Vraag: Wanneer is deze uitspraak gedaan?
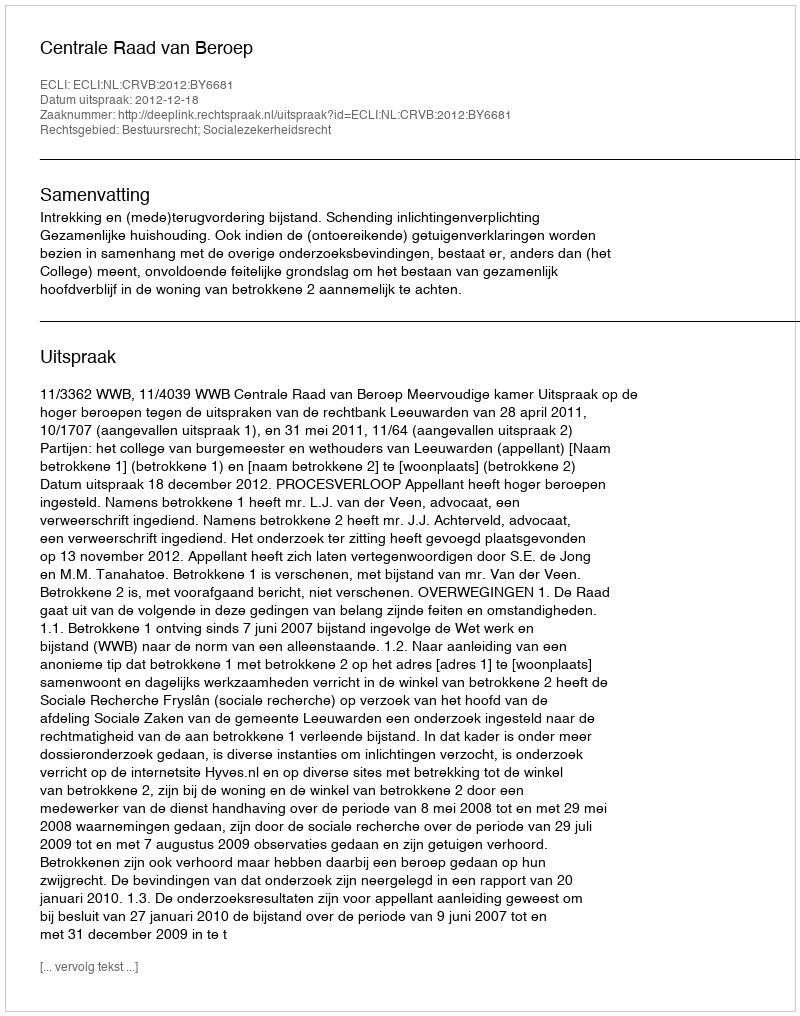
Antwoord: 2012-12-18